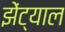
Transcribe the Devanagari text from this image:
झेंट्याल